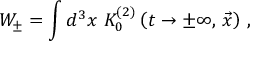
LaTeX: W _ { \pm } = \int d ^ { 3 } x \, \, K _ { 0 } ^ { ( 2 ) } \left( t \to \pm \infty , \, { \vec { x } } \right) \, ,